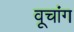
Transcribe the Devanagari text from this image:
वूचांग